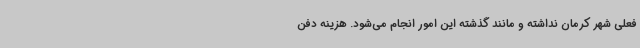
فعلی شهر کرمان نداشته و مانند گذشته این امور انجام می‌شود. هزینه دفن